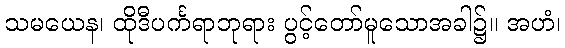
သမယေန၊ ထိုဒီပင်္ကရာဘုရား ပွင့်တော်မူသောအခါ၌။ အဟံ၊